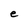
Character: e